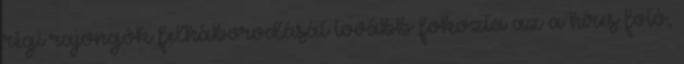
régi rajongók felháborodását tovább fokozta az a híres fotó,